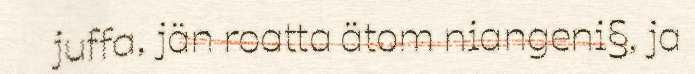
juffa, jän roatta ätom niangeni§, ja